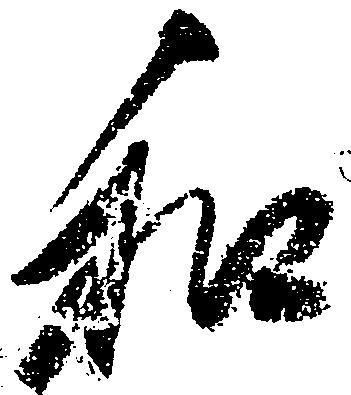
和